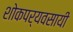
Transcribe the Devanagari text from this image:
शोकपर्यवसायी